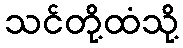
သင်တို့ထံသို့